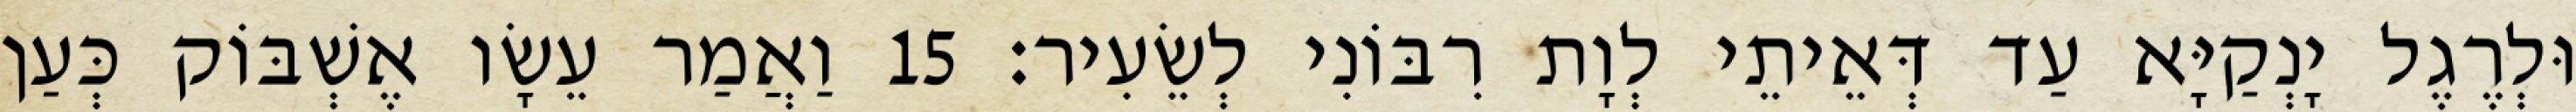
וּלְרֶגֶל יָנְקַיָּא עַד דְּאֵיתֵי לְוָת רִבּוֹנִי לְשֵׂעִיר׃ 15 וַאֲמַר עֵשָׂו אֶשְׁבּוֹק כְּעַן